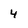
Character: 4